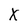
Character: X